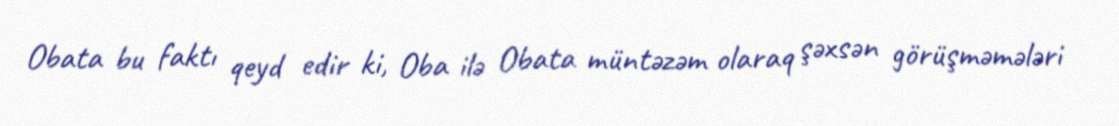
Obata bu faktı qeyd edir ki, Oba ilə Obata müntəzəm olaraq şəxsən görüşməmələri